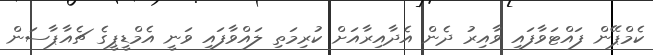
ކެމްޕޭން ފައްޓަވާފައި ވާއިރު ދެން އެދާއިރާއަށް ކުރިމަތި ލައްވާފައި ވަނީ އެމްޑީޕީގެ ޗެއާޕާސަން